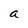
Character: a